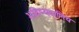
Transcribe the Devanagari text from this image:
भविष्यवाणिय